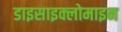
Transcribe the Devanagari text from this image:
डाइसाइक्लोमाइन